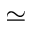
\simeq